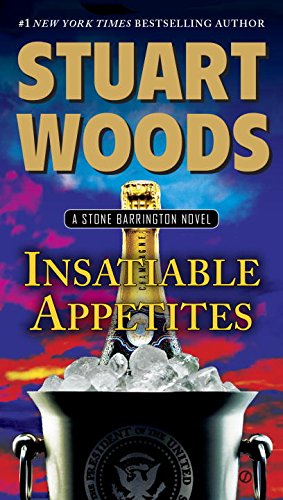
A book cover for Insatiable Appetites: A Stone Barrington Novel; Stuart Woods; Mystery, Thriller & Suspense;